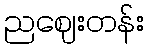
ညဈေးတန်း